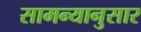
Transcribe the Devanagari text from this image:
सामन्यानुसार